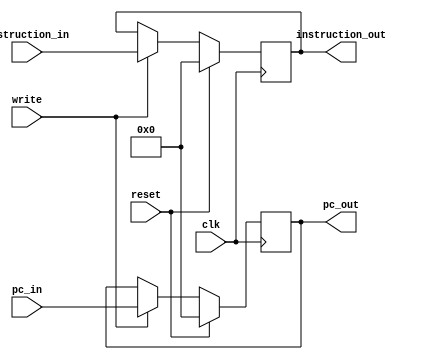
`timescale 1ns / 1ps

module IF_ID_reg(input clk, reset, write,
                 input [31:0] pc_in, instruction_in,
                 output reg [31:0] pc_out, instruction_out);
  
  always @(posedge clk)
  begin
    
    if(write == 1)
    begin
        pc_out = pc_in;
        instruction_out = instruction_in;
    end
    
    if(reset == 1)
    begin
        pc_out = 0;
        instruction_out = 0;
    end
    
  end
endmodule